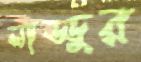
লাড্ডুর